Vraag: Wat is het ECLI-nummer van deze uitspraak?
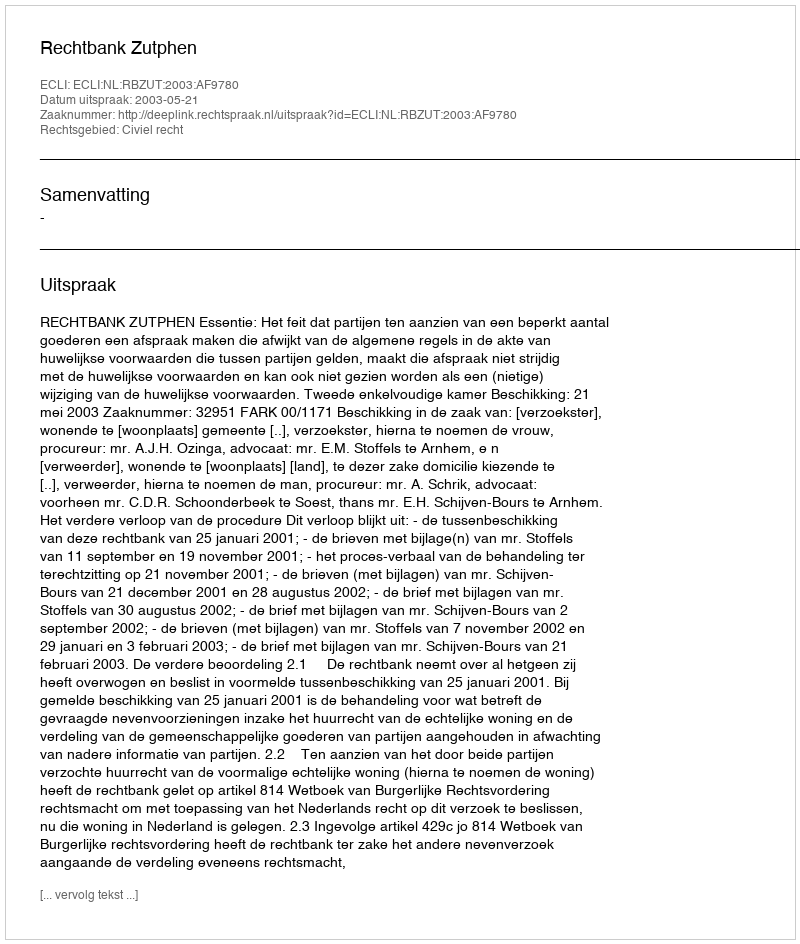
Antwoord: ECLI:NL:RBZUT:2003:AF9780